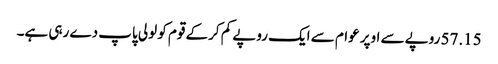
57.15 روپے سے اوپر عوام سے ایک روپے کم کرکے قوم کو لولی پاپ دے رہی ہے۔